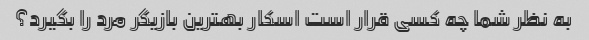
به نظر شما چه کسی قرار است اسکار بهترین بازیگر مرد را بگیرد؟